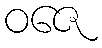
ဝဇေ